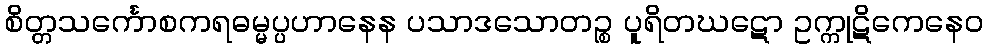
စိတ္တသင်္ကောစကရဓမ္မပ္ပဟာနေန ပသာဒသောတဉ္စ ပူရိတဃဋော ဥက္ကုဋိကေနေဝ